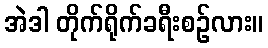
အဲဒါ တိုက်ရိုက်ခရီးစဉ်လား။